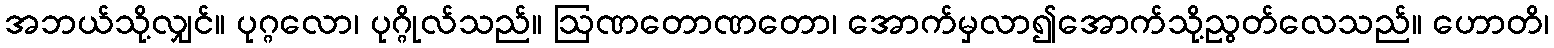
အဘယ်သို့လျှင်။ ပုဂ္ဂလော၊ ပုဂ္ဂိုလ်သည်။ ဩဏတောဏတော၊ အောက်မှလာ၍အောက်သို့ညွတ်လေသည်။ ဟောတိ၊